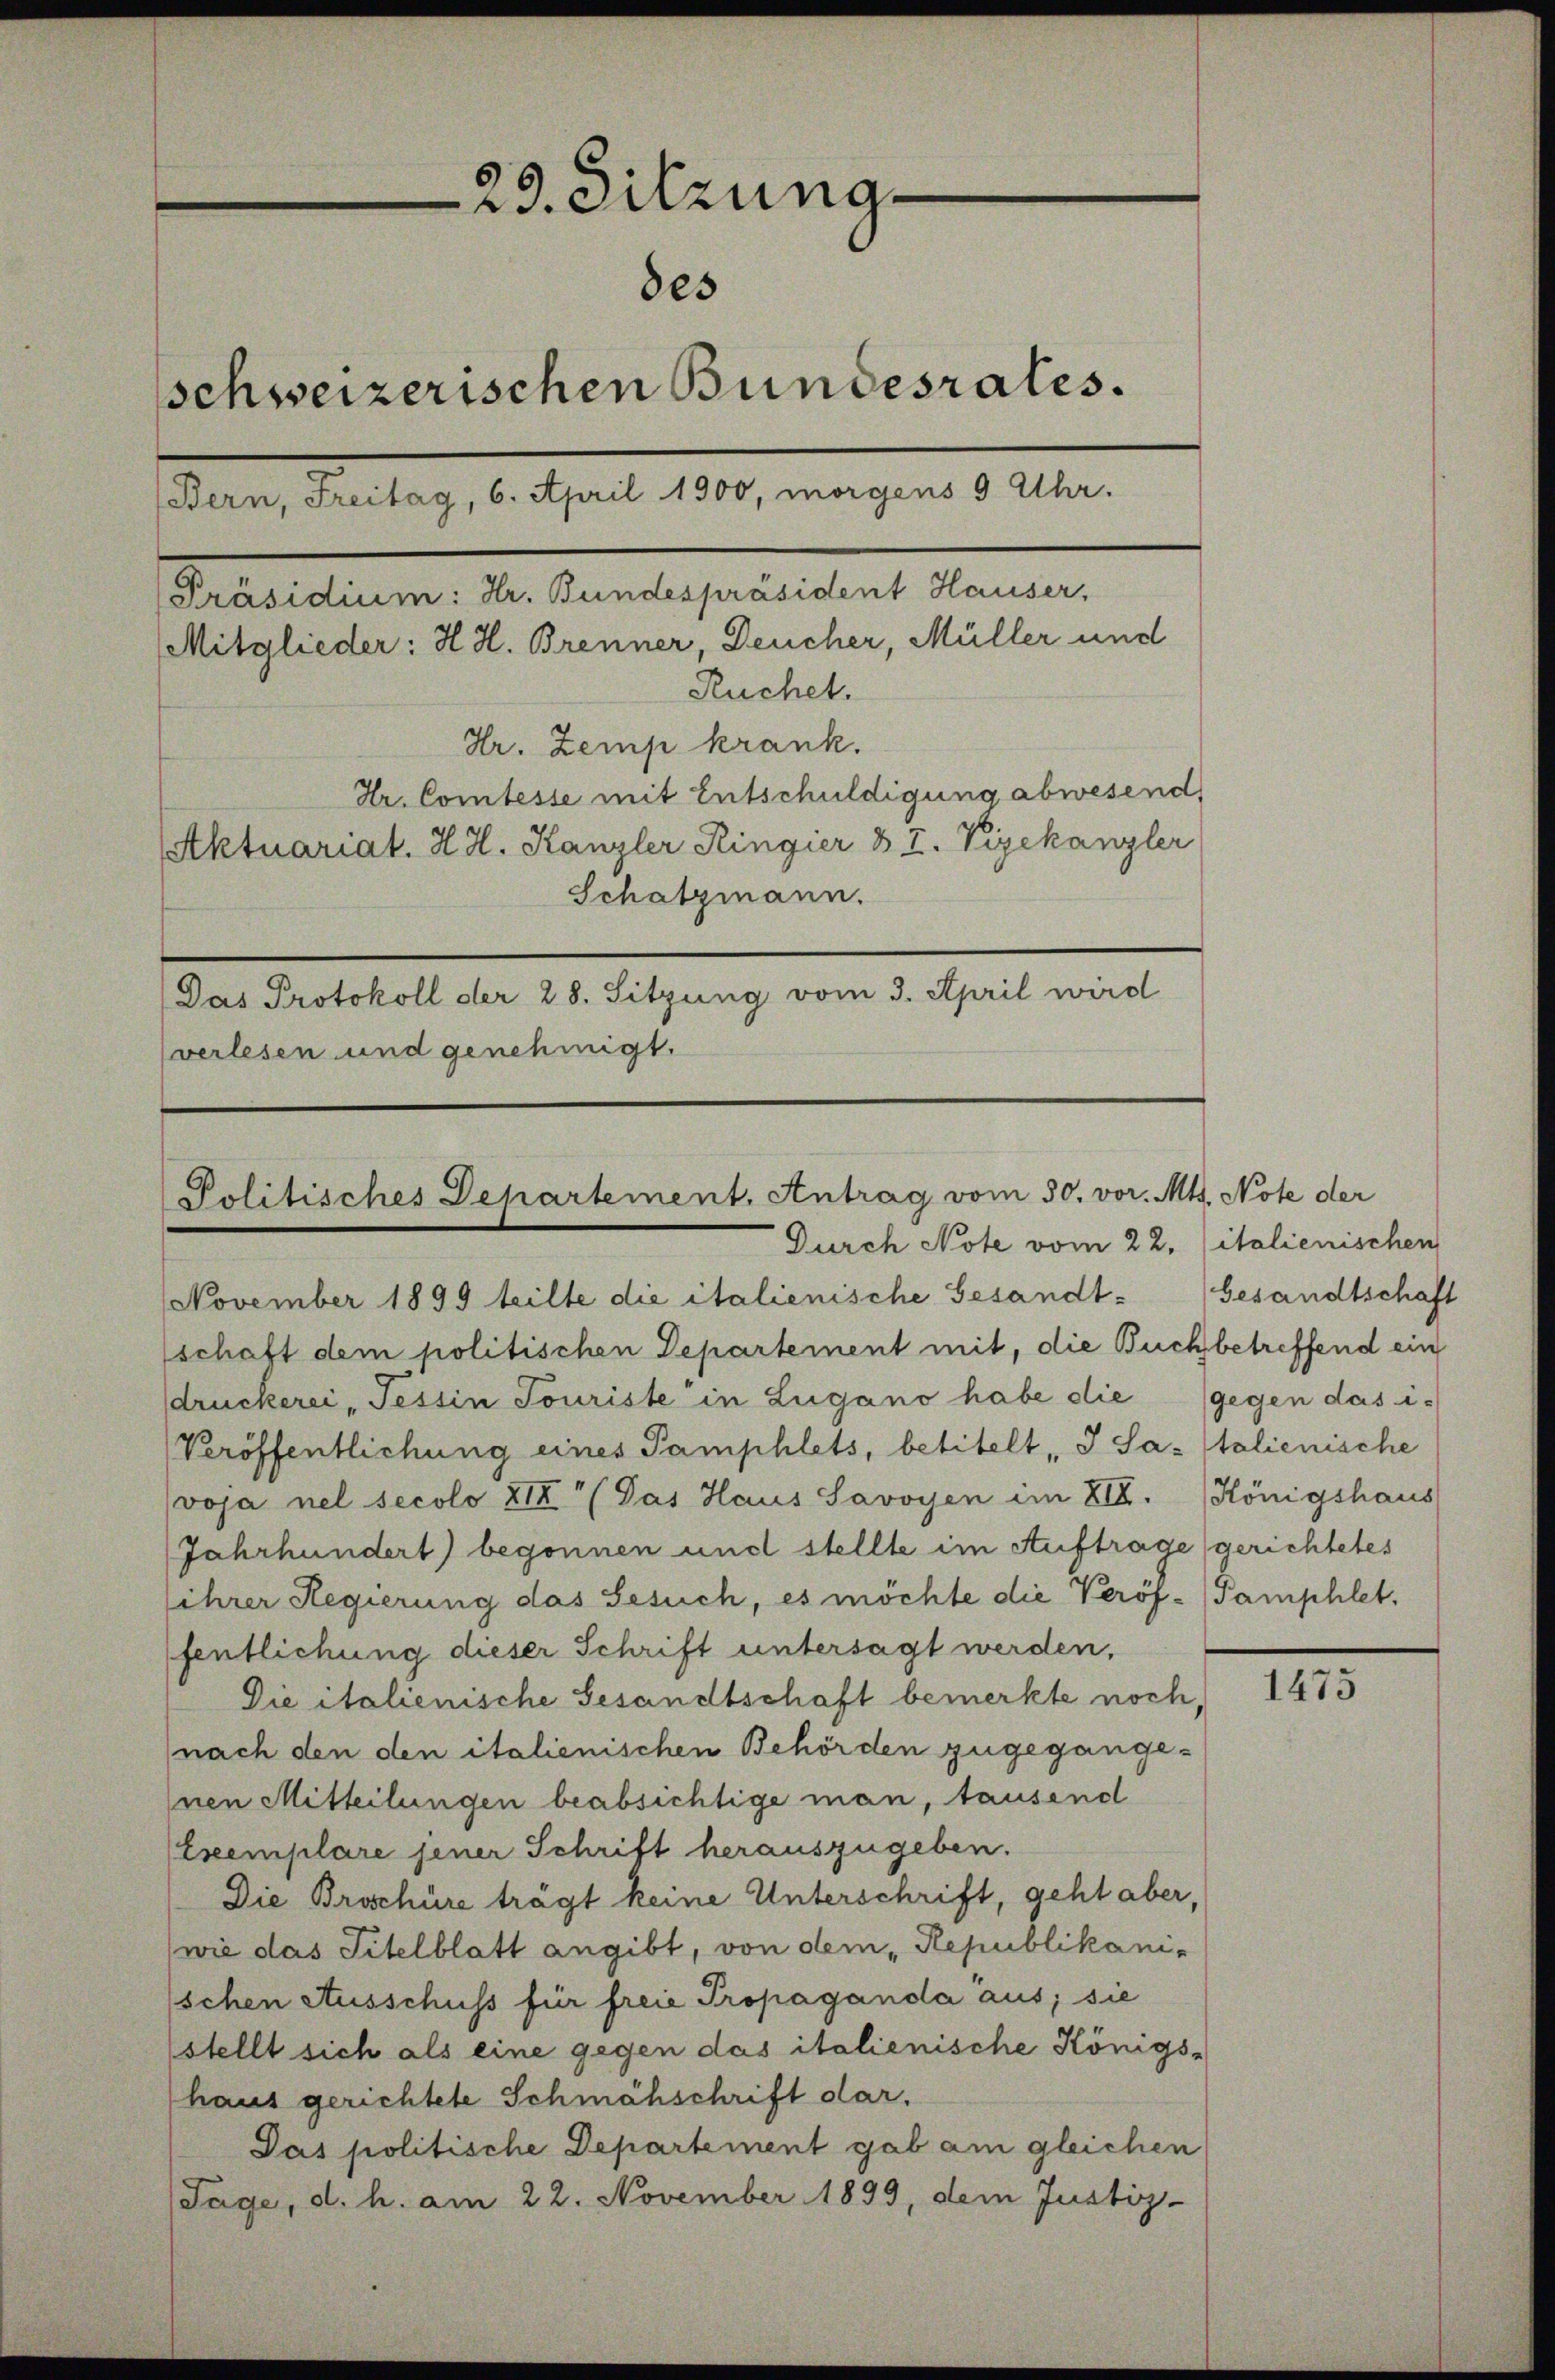
23. Sitzung
des
schweizerischen Bundesrates.
Mitglieder: H. H. Brenner, Deucher, Müller und
Ruchet.
Hr. Zemp krank.
Hr. Comtesse mit Entschuldigung abwesend,
Aktuariat. H. H. Kanzler Ringier & Z. Vizekanzler
Schatzmann.
Das Protokoll der 28. Sitzung vom 3. April wird

Bern, Freitag, 6. April 1900, morgens 9 Uhr.
[Präsidium: Hr. Bundespräsident Hauser,

verlesen und genehmigt.

Politisches Departement. Antrag vom 30. vor. Mts. Note der
Durch Note vom 22.

November 1899 teilte die italienische Gesandtschaft dem politischen Departement mit, die Buchbetreffend ein
druckerei Tessin Jouriste in Lugano habe die (gegen das i
Veröffentlichung eines Pamphlets, betitelt, d Savoja nel secolo XII (Das Haus Savoyen im 818.
Jahrhundert) begonnen und stellte im Auftrage
ihrer Regierung das Gesuch, es möchte die Veröf-Pamphlet,
fentlichung dieser Schrift untersagt werden,
Die italienische Gesandtschaft bemerkte noch,
(nach den den italienischen Behörden zugegange¬
Inen Mitteilungen beabsichtige man, tausend
Exemplare jener Schrift herauszugeben.
Die Broschüre trägt keine Unterschrift, geht aber,
(wie das Titelblatt angibt, von dem Republikani-
schen Ausschuss für freie Propaganda aus; sie
stellt sich als eine gegen das italienische Königs-
haus gerichtete Schmähschrift dar.
Pas politische Departement gab am gleichen
Tage, d. h. am 22. November 1899, dem Justiz-

italienischen
Gesandtschaft
talienische
Königshaus
gerichtetes

1475